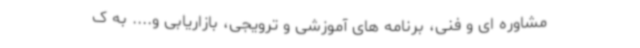
مشاوره ای و فنی، برنامه های آموزشی و ترویجی، بازاریابی و.... به ک